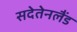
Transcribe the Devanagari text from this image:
सदेतेनलैंड